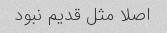
اصلا مثل قدیم نبود